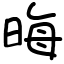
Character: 晦